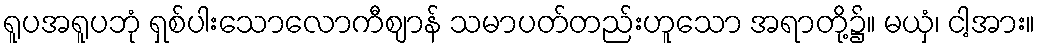
ရူပအရူပဘုံ ရှစ်ပါးသောလောကီဈာန် သမာပတ်တည်းဟူသော အရာတို့၌။ မယှံ၊ ငါ့အား။